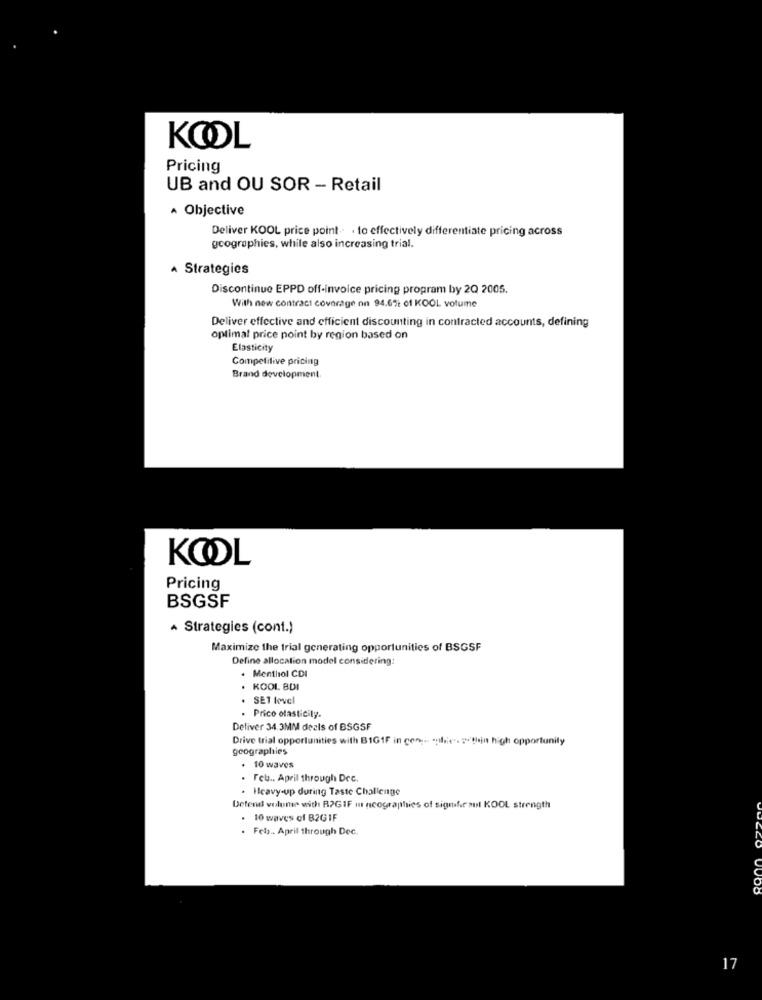
KOOL
Pricing
UB and OU SOR - Retail
· Objective
Deliver KOOL price point .. . to effectively differentiate pricing across
geographies, while also increasing trial.
A Strategies
Discontinue EPPD off-invoice pricing program by 2Q 2005.
With new contract coverage nn 94.6% of KOOL volume
Deliver effective and efficient discounting in contracted accounts, defining
optimal price point by region based on
Elasticity
Competitive pricing
Brand development.
KOOL
Pricing
BSGSF
· Strategies (cont.)
Maximize the trial generating opportunities of BSGSF
Define allocation model considering:
. Menthiol CDI
KOOL BDI
SE1 level
Price elasticity.
Deliver 34.3MM deals of BSGSF
Drive trial opportunities with B1G1F in con ;.. ... . # thin high opportunity
geographies
. 10 waves
. Feb .. April through Dec.
. Heavy-up during Taste Challenge
Defend volume with RPGIF m ncographies of signifiraul KOOL strength
. 10 waves of B2GIF
. Fela .. April through Dec.
17